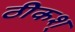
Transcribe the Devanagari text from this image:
ठीकश्